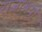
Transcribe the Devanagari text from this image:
राजाश्रयी